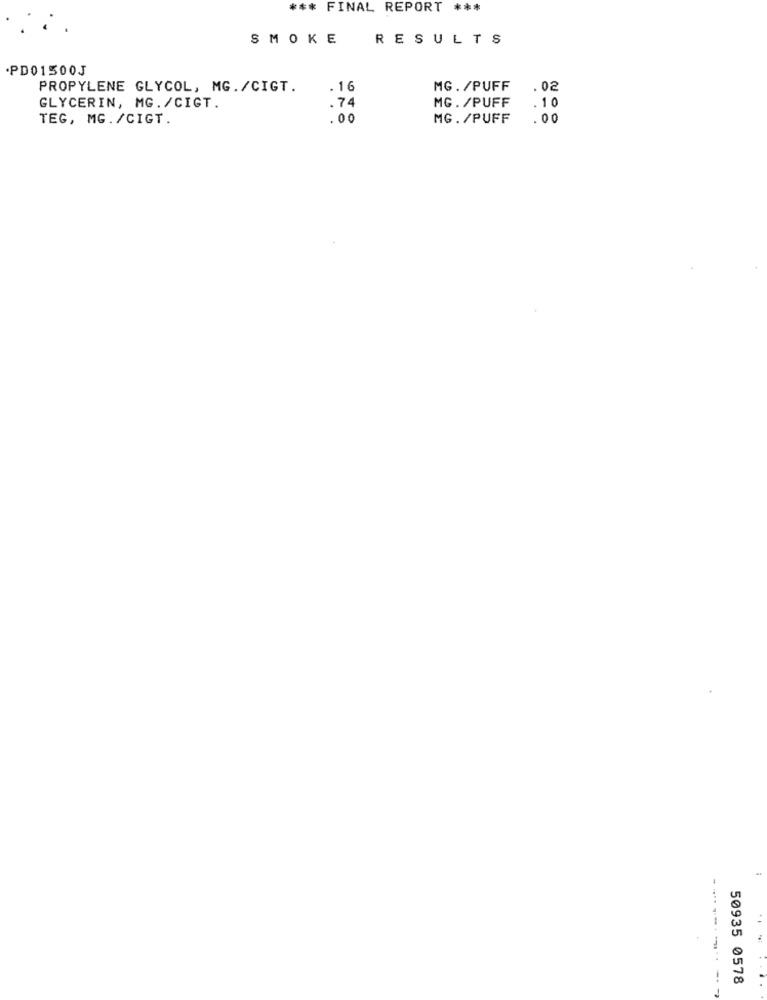
*** FINAL REPORT ***
SMOKE
RESULTS
·PD01500J
PROPYLENE GLYCOL, MG./CIGT.
. 16
MG. /PUFF
.02
.74
MG. /PUFF
GLYCERIN, MG./CIGT.
.10
TEG, MG./CIGT.
.00
MG. /PUFF
.00
50935 0578